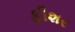
ફીશર